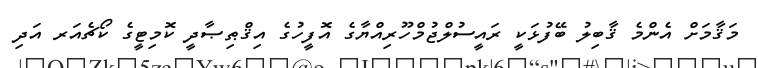
މަޤާމަށް އެންމެ ޤާބިލު ބޭފުޅަކީ ރައީސުލްޖުމްހޫރިއްޔާގެ އޮފީހުގެ އިޤްޠިޞާދީ ކޮމިޓީގެ ކޯޗެއަރ އަދި